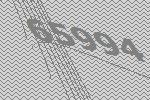
65994